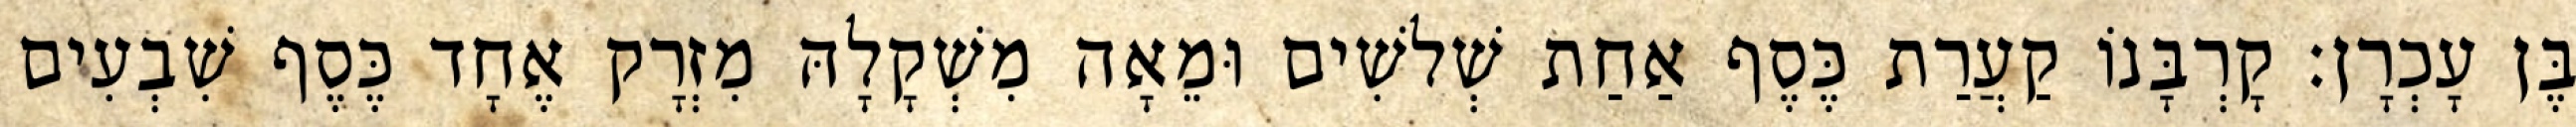
בֶּן עָכְרָן׃ קָרְבָּנוֹ קַעֲרַת כֶּסֶף אַחַת שְׁלשִׁים וּמֵאָה מִשְׁקָלָהּ מִזְרָק אֶחָד כֶּסֶף שִׁבְעִים